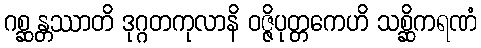
ဂစ္ဆန္တဿာတိ ဒုဂ္ဂတကုလာနိ ဝဇ္ဇိပုတ္တကေဟိ သစ္ဆိကရဏံ